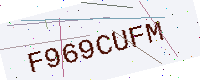
Text: F969CUFM